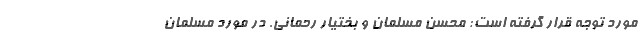
مورد توجه قرار گرفته است: محسن مسلمان و بختیار رحمانی. در مورد مسلمان